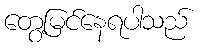
တွေ့မြင်နေရပါသည်